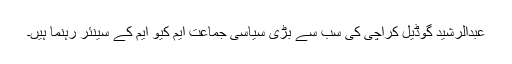
عبدالرشید گوڈیل کراچی کی سب سے بڑی سیاسی جماعت ایم کیو ایم کے سینئر رہنما ہیں۔